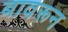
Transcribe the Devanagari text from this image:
बावरून